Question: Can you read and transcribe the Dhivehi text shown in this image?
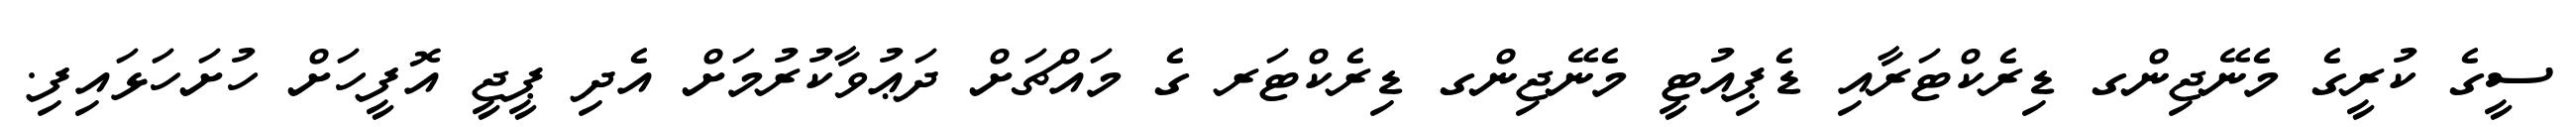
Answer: ސީގެ ކުރީގެ މެނޭޖިންގ ޑިރެކްޓަރާއި ޑެޕިއުޓީ މެނޭޖިންގ ޑިރެކްޓަރ ގެ މައްޗަށް ދަޢުވާކުރުމަށް އެދި ޕީޖީ އޮފީހަށް ހުށަހަޅައިފި.